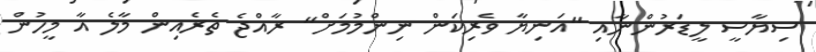
ސިޔާސީ ލީޑަރުންނާއި "އަނިޔާ ވެރިކަން ނިންމުމަށް" ރާއްޖެ ތެރެއިން މާލެ އާ މީހުން